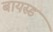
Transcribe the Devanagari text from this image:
बायस्ड